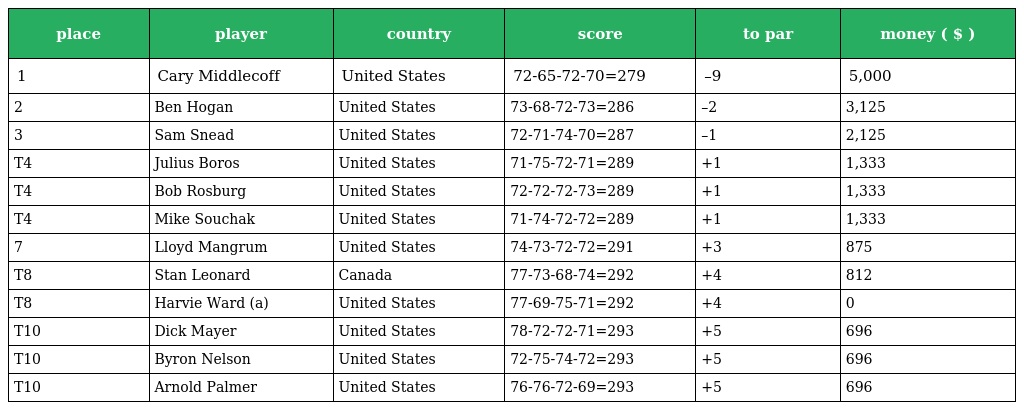
| place | player | country | score | to par | money ( $ ) |
 | --- | --- | --- | --- | --- | --- |
 | 1 | Cary Middlecoff | United States | 72-65-72-70=279 | –9 | 5,000 |
 | 2 | Ben Hogan | United States | 73-68-72-73=286 | –2 | 3,125 |
 | 3 | Sam Snead | United States | 72-71-74-70=287 | –1 | 2,125 |
 | T4 | Julius Boros | United States | 71-75-72-71=289 | +1 | 1,333 |
 | T4 | Bob Rosburg | United States | 72-72-72-73=289 | +1 | 1,333 |
 | T4 | Mike Souchak | United States | 71-74-72-72=289 | +1 | 1,333 |
 | 7 | Lloyd Mangrum | United States | 74-73-72-72=291 | +3 | 875 |
 | T8 | Stan Leonard | Canada | 77-73-68-74=292 | +4 | 812 |
 | T8 | Harvie Ward (a) | United States | 77-69-75-71=292 | +4 | 0 |
 | T10 | Dick Mayer | United States | 78-72-72-71=293 | +5 | 696 |
 | T10 | Byron Nelson | United States | 72-75-74-72=293 | +5 | 696 |
 | T10 | Arnold Palmer | United States | 76-76-72-69=293 | +5 | 696 |